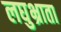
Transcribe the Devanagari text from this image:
लघुभ्राता